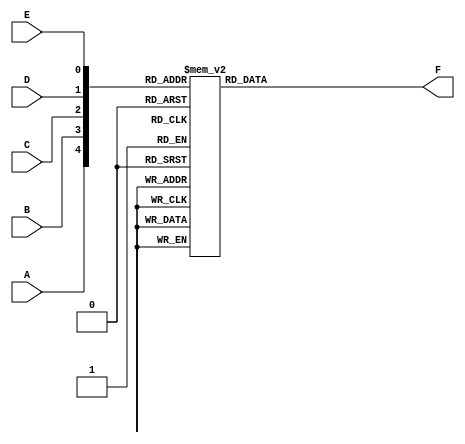
module five_variable_kmap (
    input wire A,  // Input variable A
    input wire B,  // Input variable B
    input wire C,  // Input variable C
    input wire D,  // Input variable D
    input wire E,  // Input variable E
    output reg F   // Output variable F
);

// Always block to compute the output based on the K-map
always @(*) begin
    case ({A, B, C, D, E})  // Concatenate inputs to form a 5-bit address
        5'b00000: F = 0;  // Cell 0
        5'b00001: F = 0;  // Cell 1
        5'b00010: F = 0;  // Cell 2
        5'b00011: F = 1;  // Cell 3
        5'b00100: F = 0;  // Cell 4
        5'b00101: F = 1;  // Cell 5
        5'b00110: F = 1;  // Cell 6
        5'b00111: F = 1;  // Cell 7
        5'b01000: F = 0;  // Cell 8
        5'b01001: F = 1;  // Cell 9
        5'b01010: F = 1;  // Cell 10
        5'b01011: F = 0;  // Cell 11
        5'b01100: F = 0;  // Cell 12
        5'b01101: F = 1;  // Cell 13
        5'b01110: F = 1;  // Cell 14
        5'b01111: F = 0;  // Cell 15
        5'b10000: F = 0;  // Cell 16
        5'b10001: F = 1;  // Cell 17
        5'b10010: F = 0;  // Cell 18
        5'b10011: F = 1;  // Cell 19
        5'b10100: F = 1;  // Cell 20
        5'b10101: F = 1;  // Cell 21
        5'b10110: F = 0;  // Cell 22
        5'b10111: F = 0;  // Cell 23
        5'b11000: F = 0;  // Cell 24
        5'b11001: F = 1;  // Cell 25
        5'b11010: F = 1;  // Cell 26
        5'b11011: F = 1;  // Cell 27
        5'b11100: F = 1;  // Cell 28
        5'b11101: F = 1;  // Cell 29
        5'b11110: F = 1;  // Cell 30
        5'b11111: F = 0;  // Cell 31
        default:   F = 0;  // Default case
    endcase
end

endmodule